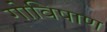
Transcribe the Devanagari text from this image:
गोविषाण